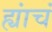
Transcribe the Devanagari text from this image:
ह्यांचं